Scottish Leaving Certificate Examination, 1953
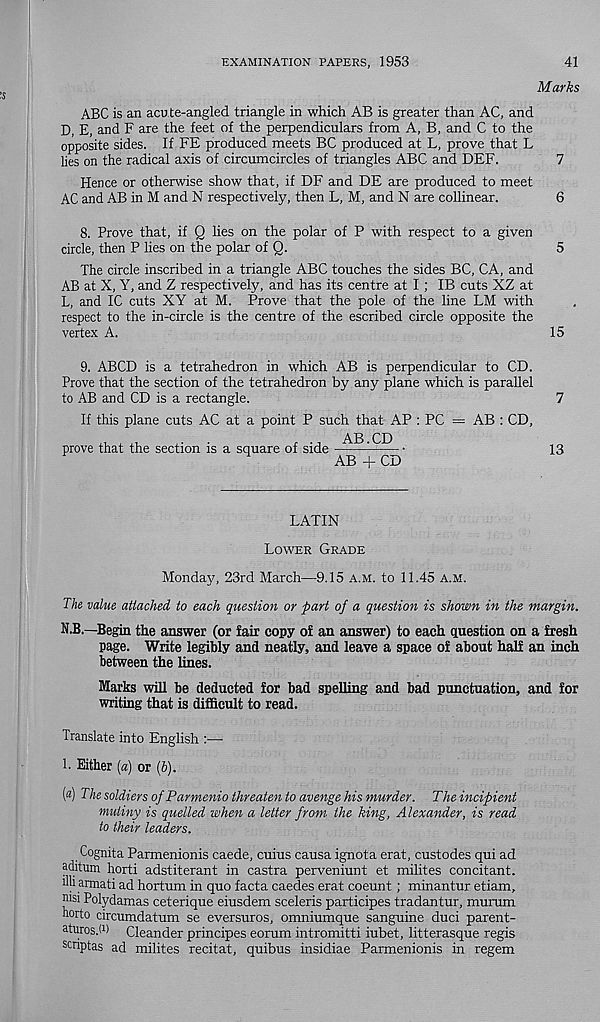
EXAMINATION PAPERS, 1953
41
Marks
ABC is an acute-angled triangle in which AB is greater than AC, and
D, E, and F are the feet of the perpendiculars from A, B, and C to the
opposite sides. If FE produced meets BC produced at L, prove that L
lies on the radical axis of circumcircles of triangles ABC and DEF.
7
Hence or otherwise show that, if DF and DE are produced to meet
AC and AB in M and N respectively, then L, M, and N are collinear.
6
8. Prove that, if Q lies on the polar of P with respect to a given
circle, then P lies on the polar of Q.
5
The circle inscribed in a triangle ABC touches the sides BC, CA, and
AB at X, Y, and Z respectively, and has its centre at I ; IB cuts XZ at
L, and IC cuts XY at M. Prove that the pole of the line LM with
respect to the in-circle is the centre of the escribed circle opposite the
vertex A.
15
9. ABCD is a tetrahedron in which AB is perpendicular to CD.
Prove that the section of the tetrahedron by any plane which is parallel
to AB and CD is a rectangle.
7
If this plane cuts AC at a point P such that AP : PC = AB : CD,
,, ,,,
.
.
, ., AB.CD
prove that the section is a square of side
13
AB + CD
LATIN
Lower Grade
Monday, 23rd March—9.15 a.m. to 11.45 a.m.
The value attached to each question or part of a question is shown in the margin.
N.B.—Begin the answer (or fair copy of an answer) to each question on a fresh
page. Write legibly and neatly, and leave a space of about half an inch
between the lines.
Marks will be deducted for bad spelling and bad punctuation, and for
writing that is difficult to read.
Translate into English :—-
h Either (a) or (6).
(«) The soldiers of Parmenio threaten to avenge his murder. The incipient
mutiny is quelled when a letter from the king, Alexander, is read
to their leaders.
Cognita Parmenionis caede, cuius causa ignota erat, custodes qui ad
aditum horti adstiterant in castra perveniunt et milites concitant.
dli armati ad hortum in quo facta caedes erat coeunt; minantur etiam,
nisi Polydamas ceterique eiusdem sceleris participes tradantur, murum
norto circumdatum se eversuros, omniumque sanguine duci parent-
aturos.W Cleander principes eorum intromitti iubet, litterasque regis
scnptas ad milites recitat, quibus insidiae Parmenionis in regem